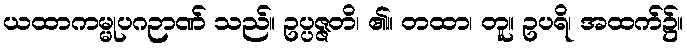
ယထာကမ္မုပဂဉာဏ် သည်။ ဥပ္ပဇ္ဇတိ၊ ၏။ တထာ၊ တူ။ ဥပရိ၊ အထက်၌။